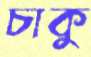
চাকু